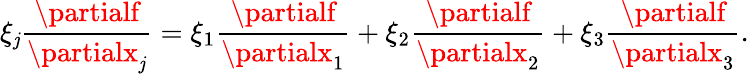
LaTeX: \xi_{\mathit{j}}\frac{{\partialf}}{{\partialx_{\mathit{j}}}}=\xi_{1}\frac{{\partialf}}{{\partialx_{1}}}+\xi_{2}\frac{{\partialf}}{{\partialx_{2}}}+\xi_{3}\frac{{\partialf}}{{\partialx_{3}}}.